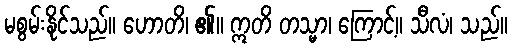
မစွမ်းနိုင်သည်။ ဟောတိ၊ ၏။ ဣတိ တသ္မာ၊ ကြောင့်။ သီလံ၊ သည်။